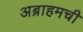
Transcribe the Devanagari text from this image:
अब्राहमची